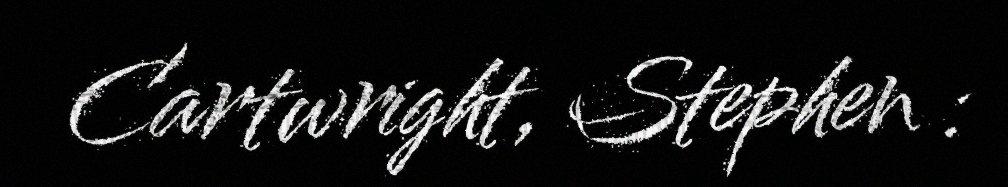
Cartwright, Stephen :